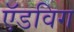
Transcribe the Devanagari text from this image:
ऍडविग